Lunatic asylums Punjab 1895-1910 - 1895-1910
Year: 1895
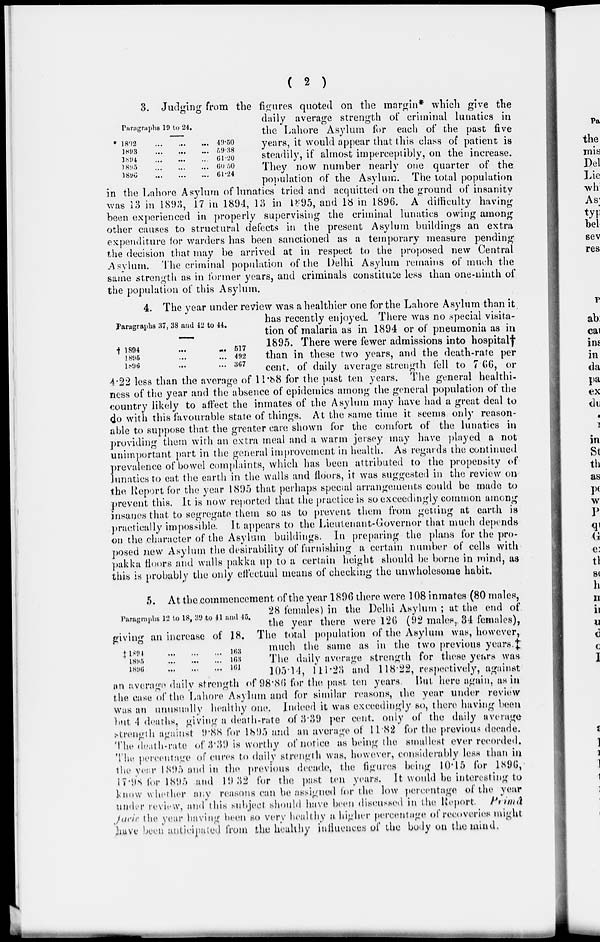
( 2 )
Paragraphs 19 to 24.
* 1802
...
...
...
1893 ... ... ...
1894
...
...
...
1895
...
...
...
1896
...
...
...
49.50
59.38
61.20
60.50
61.24
3. Judging from the figures quoted on the margin* which give the
daily average strength of criminal lunatics in
the Lahore Asylum for each of the past five
years, it would appear that this class of patient is
steadily, if almost imperceptibly, on the increase.
They now number nearly one quarter of the
population of the Asylum. The total population
in the Lahore Asylum of lunatics tried and acquitted on the ground of insanity
was
1896. A difficulty having
been experienced in properly supervising the criminal lunatics owing among
other causes to structural defects in the present Asylum buildings an extra
expenditure for warders has been sanctioned as a temporary measure pending
the decision that may be arrived at in respect to the proposed new Central
Asylum. The criminal population of the Delhi Asylum remains of much the
same strength as in former years, and criminals constitute less than one-ninth of
the population of this Asylum.
Paragraphs 37, 38 and 42 to 44.
† 1894
...
...
1895 ... ...
1896 ... ...
517
492
367
4. The year under review was a healthier one for the Lahore Asylum than it
has recently enjoyed. There was no special Visita-
tion of malaria as in 1894 or of pneumonia as in
1895. There were fewer admissions into hospital†
than in these two years, and the death-rate per
cent. of daily average strength fell to 7 66, or
4.22 less than the average of 11.88 for the past ten years. The general healthi-
ness of the year and the absence of epidemics among the general population of the
country likely to affect the inmates of the Asylum may have had a great deal to
do with this favourable state of things. At the same time it seems only reason-
able to suppose that the greater care shown for the comfort of the lunatics in
providing them with an extra meal and a warm jersey may have played a not
unimportant part in the general improvement in health. As regards the continued
prevalence of bowel complaints, which has been attributed to the propensity of
lunatics to eat the earth in the walls and floors, it was suggested in the review on
the Report for the year 1895 that perhaps special arrangements could be made to
prevent this. It is now reported that the practice is so exceedingly common among
insanes that to segregate them so as to prevent them from getting at earth is
practieally impossible. It appears to the Lieutenant-Governor that much depends
on the character of the Asylum buildings. In preparing the plans for the pro-
posed new Asylum the desirability of furnishing a certain number of cells with
pakka floors and walls pakka up to a certain height should be borne in mind, as
this is probably the only effectual means of checking the unwholesome habit.
Paragraphs 12 to 18, 39 to 41 and 45.
giving an increase of 18.
† 1894
1895
1896
... ...
...
... ... ...
... ... ...
163
163
101
5. At the commencement of the year 1896 there were 108 inmates (80 males,
28 females) in the Delhi Asylum ; at the end of
the year there were 126 (92 males, 34 females),
The total population of the Asylum was, however,
much the same as in the two previous years.‡
The daily average strength for these years was
105.14, 111.23 and 118.22, respectively, against
an average daily strength of 98.86 for the past ten years. But here again, as in
the case of the Lahore Asylum and for similar reasons, the year under review
was an unusually healthy one. Indeed it was exceedingly so, there having been
but 4 deaths, giving a death-rate of 3.39 per cent. only of the daily average
strength against 9.88 for 1895 and an average of 11.82 for the previous decade.
The death-rate of 3.39 is worthy of notice as being the smallest ever recorded.
The percentage of cures to daily strength was, however, considerably less than in
the year 1895 and in the previous decade, the figures being 10.15 for 1895,
17-98 for 1895 and 19 32 for the past ten years. It would be interesting to
know whether any reasons can be assigned for the low percentage of the year
under review, and this subject should have been discussed in the Report
Primâ
facie the year having been so very healthy a higher percentage of recoveries might
have been anticipated from the healthy influences of the body on the mind.